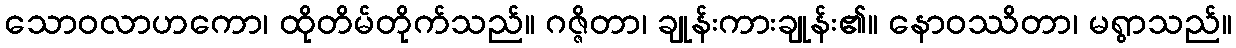
သောဝလာဟကော၊ ထိုတိမ်တိုက်သည်။ ဂဇ္ဇိတာ၊ ချုန်းကားချုန်း၏။ နောဝဿိတာ၊ မရွာသည်။